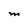
Character: M